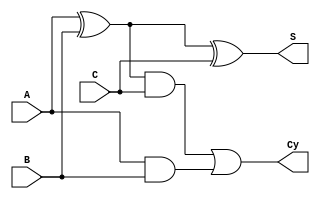

module full_adder(S,Cy,A,B,C);
	input A;
	input B;
	input C;
	output S;
	output Cy;
	wire t1;
	wire t2;
	wire t3;
	
	xor(t1,A,B);
	xor(S,t1,C);
	and(t2,t1,C);
	and(t3,A,B);
	or(Cy,t2,t3);
endmodule